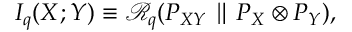
I _ { q } ( X ; Y ) \equiv \mathcal { R } _ { q } ( P _ { X Y } \parallel P _ { X } \otimes P _ { Y } ) ,